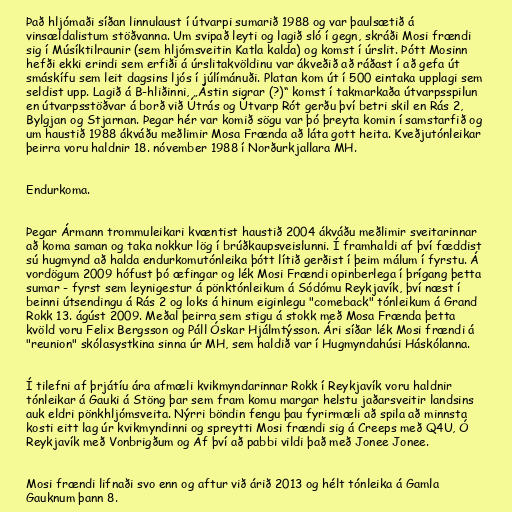
Það hljómaði síðan linnulaust í útvarpi sumarið 1988 og var þaulsætið á
vinsældalistum stöðvanna. Um svipað leyti og lagið sló í gegn, skráði Mosi frændi
sig í Músíktilraunir (sem hljómsveitin Katla kalda) og komst í úrslit. Þótt Mosinn
hefði ekki erindi sem erfiði á úrslitakvöldinu var ákveðið að ráðast í að gefa út
smáskífu sem leit dagsins ljós í júlímánuði. Platan kom út í 500 eintaka upplagi sem
seldist upp. Lagið á B-hliðinni, „Ástin sigrar (?)“ komst í takmarkaða útvarpsspilun
en útvarpsstöðvar á borð við Útrás og Útvarp Rót gerðu því betri skil en Rás 2,
Bylgjan og Stjarnan. Þegar hér var komið sögu var þó þreyta komin í samstarfið og
um haustið 1988 ákváðu meðlimir Mosa Frænda að láta gott heita. Kveðjutónleikar
þeirra voru haldnir 18. nóvember 1988 í Norðurkjallara MH.

Endurkoma.

Þegar Ármann trommuleikari kvæntist haustið 2004 ákváðu meðlimir sveitarinnar
að koma saman og taka nokkur lög í brúðkaupsveislunni. Í framhaldi af því fæddist
sú hugmynd að halda endurkomutónleika þótt lítið gerðist í þeim málum í fyrstu. Á
vordögum 2009 hófust þó æfingar og lék Mosi Frændi opinberlega í þrígang þetta
sumar - fyrst sem leynigestur á pönktónleikum á Sódómu Reykjavík, því næst í
beinni útsendingu á Rás 2 og loks á hinum eiginlegu "comeback" tónleikum á Grand
Rokk 13. ágúst 2009. Meðal þeirra sem stigu á stokk með Mosa Frænda þetta
kvöld voru Felix Bergsson og Páll Óskar Hjálmtýsson. Ári síðar lék Mosi frændi á
"reunion" skólasystkina sinna úr MH, sem haldið var í Hugmyndahúsi Háskólanna.

Í tilefni af þrjátíu ára afmæli kvikmyndarinnar Rokk í Reykjavík voru haldnir
tónleikar á Gauki á Stöng þar sem fram komu margar helstu jaðarsveitir landsins
auk eldri pönkhljómsveita. Nýrri böndin fengu þau fyrirmæli að spila að minnsta
kosti eitt lag úr kvikmyndinni og spreytti Mosi frændi sig á Creeps með Q4U, Ó
Reykjavík með Vonbrigðum og Af því að pabbi vildi það með Jonee Jonee.

Mosi frændi lifnaði svo enn og aftur við árið 2013 og hélt tónleika á Gamla
Gauknum þann 8.